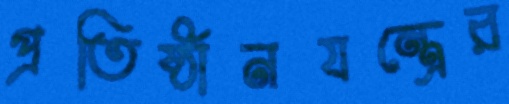
প্রতিষ্ঠানযন্ত্রের